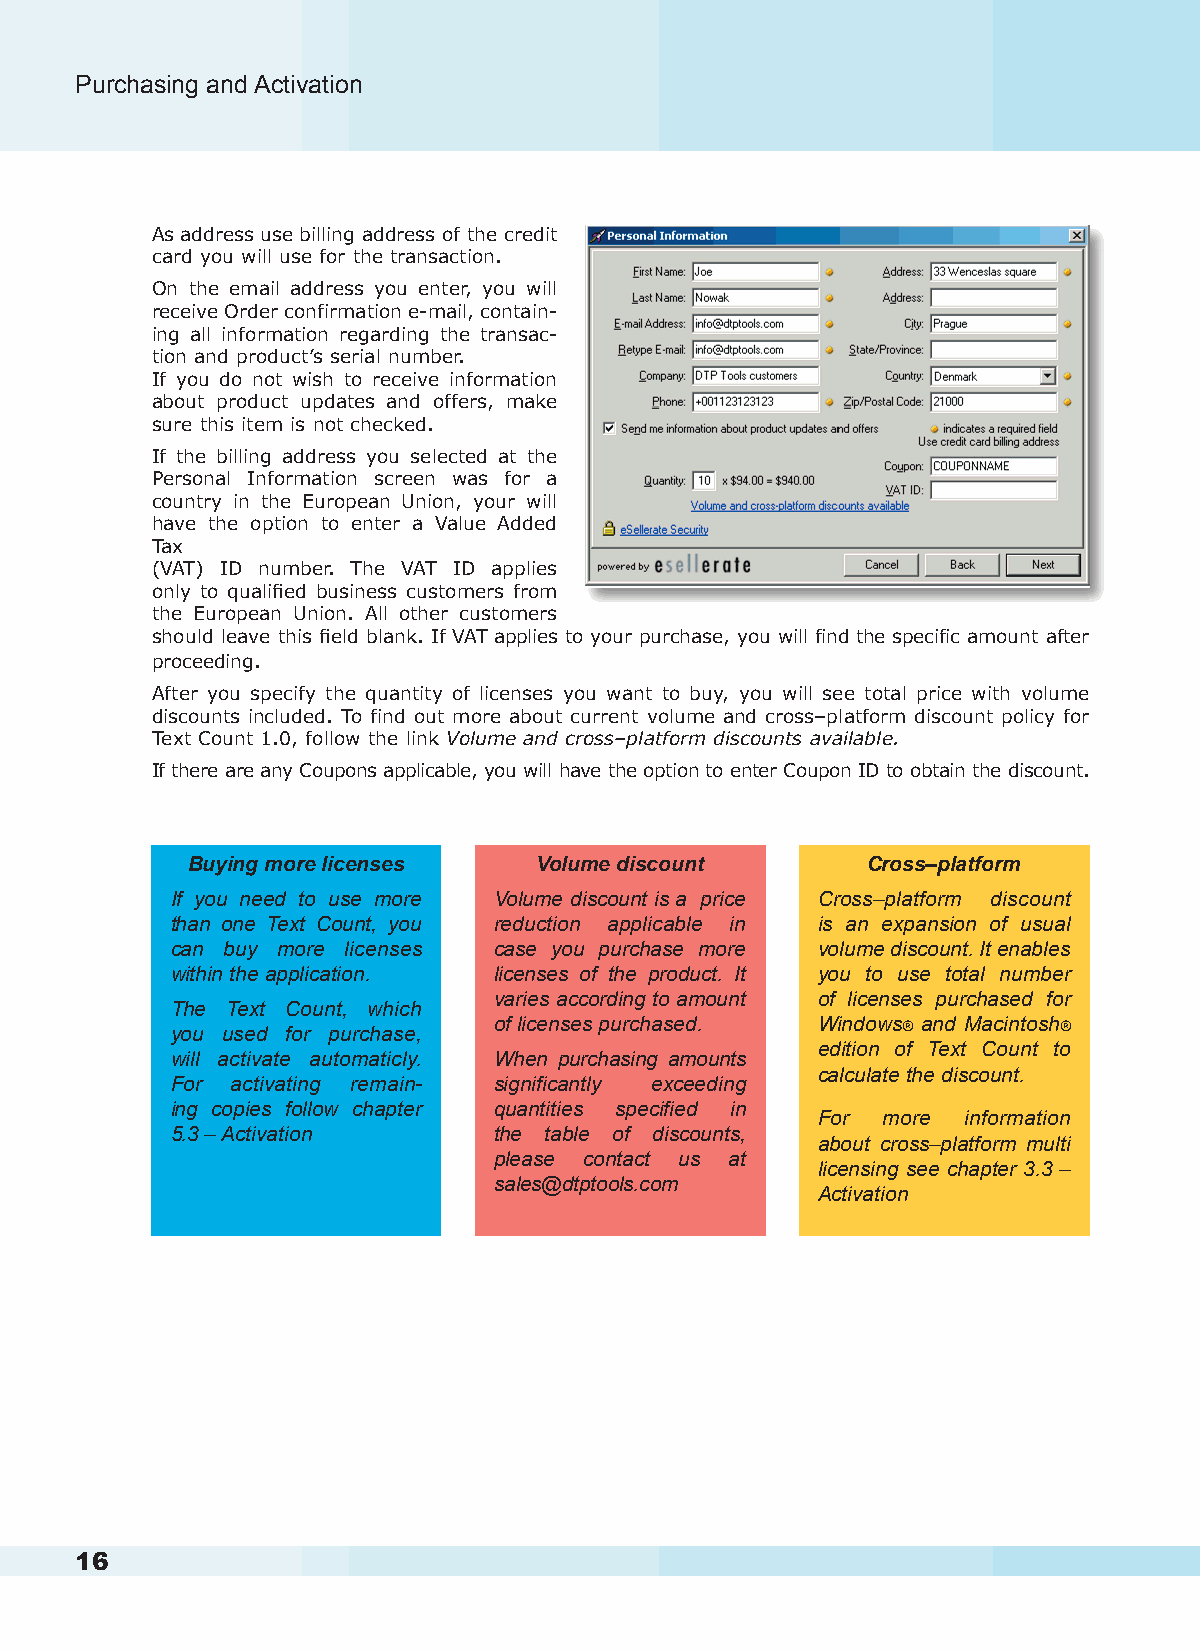
Purchasing and Activation                                                                                                         Purchasing and Activation
 As address use billing address of the credit
 card you will use for the transaction.
 On the email address you enter, you will
 receive Order confirmation e-mail, contain-
 ing all information regarding the transac-
 tion and product’s serial number.
 If you do not wish to receive information
 about product updates and offers, make
 sure this item is not checked.
 If the billing address you selected at the
 Personal Information screen was for a
 country in the European Union, your will
 have the option to enter a Value Added
 Tax
 (VAT) ID number. The VAT ID applies
 only to qualified business customers from
 the European Union. All other customers
 should leave this field blank. If VAT applies to your purchase, you will find the specific amount after
 proceeding.
 After you specify the quantity of licenses you want to buy, you will see total price with volume
 discounts included. To find out more about current volume and cross–platform discount policy for
 Text Count 1.0, follow the link Volume and cross–platform discounts available.
 If there are any Coupons applicable, you will have the option to enter Coupon ID to obtain the discount.
 Buying more licenses    Volume discount      Cross–platform
 If you need to use more Volume discount is a price Cross–platform discount
 than one Text Count, you reduction applicable in is an expansion of usual
 can buy more licenses case you purchase more volume discount. It enables
 within the application. licenses of the product. It you to use total number
 varies according to amount of licenses purchased for
 The Text Count, which
 you used for purchase,
 of licenses purchased. Windows® and Macintosh®
 edition of Text Count to
 will activate automaticly. When purchasing amounts
 calculate the discount.
 For activating remain- significantly exceeding
 ing copies follow chapter quantities specified in
 For more  information
 5.3 – Activation      the table of discounts,
 about cross–platform multi
 please contact us at
 licensing see chapter 3.3 –
 sales@dtptools.com
 Activation
 16                                                                                                                                                 17